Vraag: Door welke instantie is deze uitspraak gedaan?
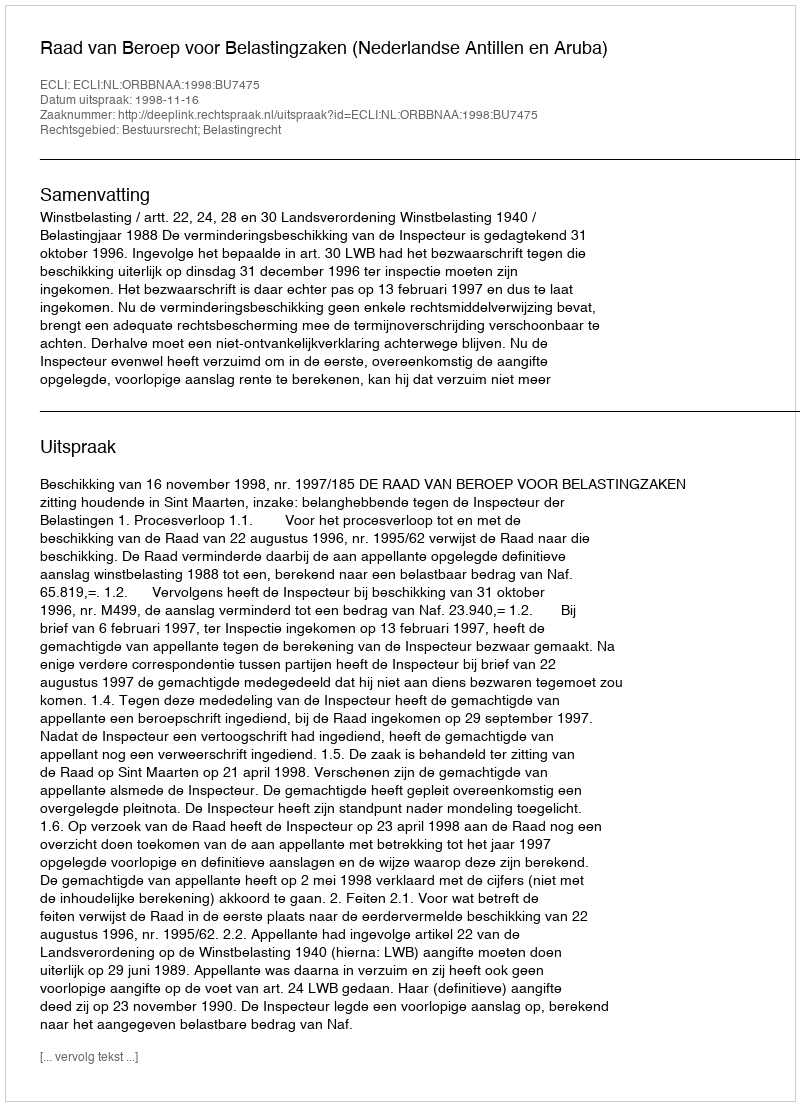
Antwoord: Raad van Beroep voor Belastingzaken (Nederlandse Antillen en Aruba)